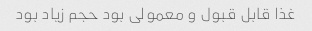
غذا قابل قبول و معمولی بود حجم زیاد بود